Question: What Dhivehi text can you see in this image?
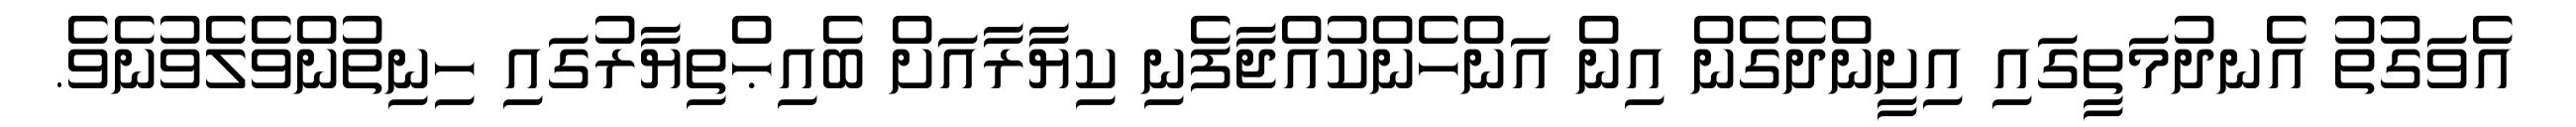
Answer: އެވަގުތު އެނދުމަތީގައި އިށީންދެގެން އިން އަންހެންކުއްޖާފެނި ކިޔާރާއަށް ބެއިޙްތިޔާރުގައި ހިނިތުންވެލެވުނެވެ.